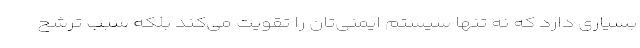
بسیاری دارد که نه تنها سیستم ایمنی‌تان را تقویت می‌کند بلکه سبب ترشح